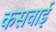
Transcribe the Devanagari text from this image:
कसवाई